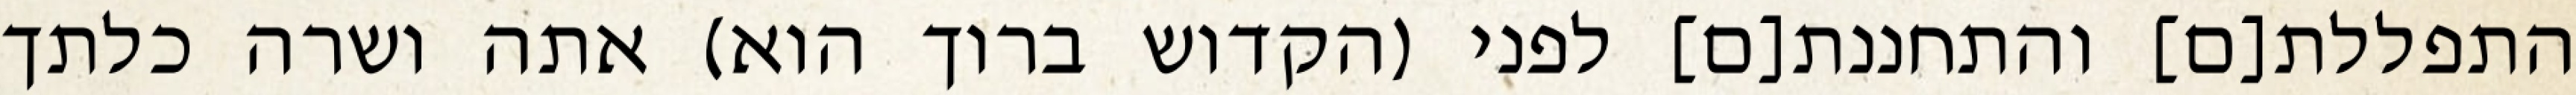
התפללת[ם] והתחננת[ם] לפני (הקדוש ברוך הוא) אתה ושרה כלתך